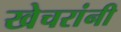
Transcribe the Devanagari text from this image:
खेचरांनी